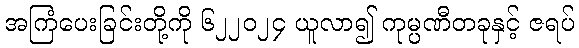
အကြံပေးခြင်းတို့ကို ၆၂၂၀၂၄ ယူလာ၍ ကုမ္ပဏီတခုနှင့် ဇရပ်